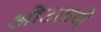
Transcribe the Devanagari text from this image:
ओउतापी